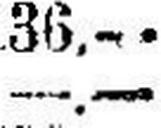
—.—